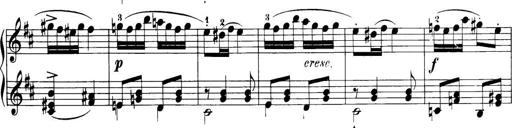
Title: 32 Sonatinas and Rondos for the Piano
Composer: Richard Kleinmichel